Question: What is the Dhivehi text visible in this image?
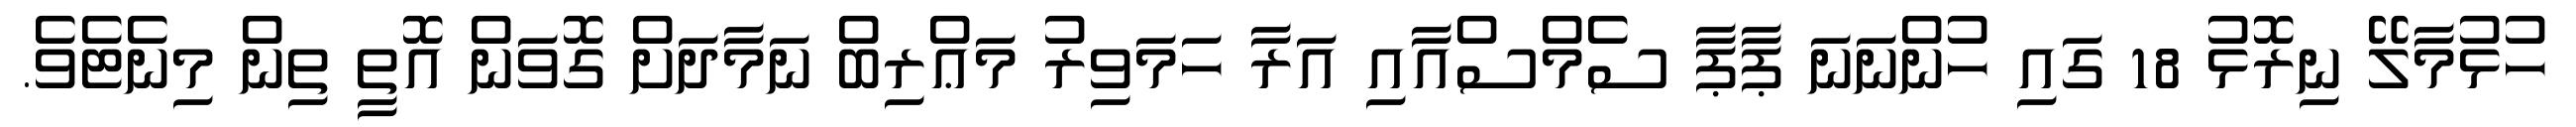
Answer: ހުޅުމާލޭ ނިރޮޅު 18 ގައި ހުންނަނަ ޕާޕާ ސެމްސްއާއި އަރާ ހަމަވިރު މަޢްރިބް ނަމާދަށް ގޮވަން އޮތީ ތިން މިނެޓެވެ.